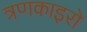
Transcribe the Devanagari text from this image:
त्रणकाइरो